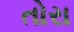
તોરા